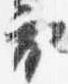
衣